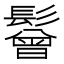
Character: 鬙